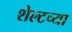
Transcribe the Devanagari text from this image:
शेल्टच्या